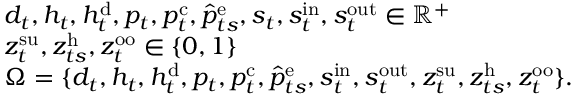
\begin{array} { r l } & { d _ { t } , h _ { t } , h _ { t } ^ { \mathrm { { d } } } , p _ { t } , p _ { t } ^ { \mathrm { c } } , \hat { p } _ { t s } ^ { \mathrm { { e } } } , s _ { t } , s _ { t } ^ { \mathrm { i n } } , s _ { t } ^ { \mathrm { { o u t } } } \in \mathbb { R } ^ { + } } \\ & { z _ { t } ^ { \mathrm { s u } } , z _ { t s } ^ { \mathrm { { h } } } , z _ { t } ^ { \mathrm { o o } } \in \{ 0 , 1 \} } \\ & { \Omega = \{ d _ { t } , h _ { t } , h _ { t } ^ { \mathrm { { d } } } , p _ { t } , p _ { t } ^ { \mathrm { c } } , \hat { p } _ { t s } ^ { \mathrm { { e } } } , s _ { t } ^ { \mathrm { i n } } , s _ { t } ^ { \mathrm { { o u t } } } , z _ { t } ^ { \mathrm { s u } } , z _ { t s } ^ { \mathrm { { h } } } , z _ { t } ^ { \mathrm { o o } } \} . } \end{array}